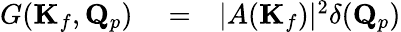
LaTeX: \begin{array}{rlr}{G(\mathbf{K}_{f},\mathbf{Q}_{p})}&{{}=}&{|A(\mathbf{K}_{f})|^{2}\delta(\mathbf{Q}_{p})}\end{array}